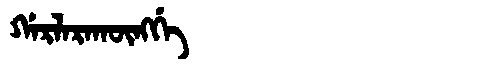
Manchu: ᡤᠠᡵᠯᠠᡵᠠᡴᡡᠩᡤᡝ
Romanization: GARLARAKŪNGGE